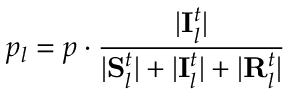
p _ { l } = p \cdot \frac { | \mathbf { I } _ { l } ^ { t } | } { | \mathbf { S } _ { l } ^ { t } | + | \mathbf { I } _ { l } ^ { t } | + | \mathbf { R } _ { l } ^ { t } | }